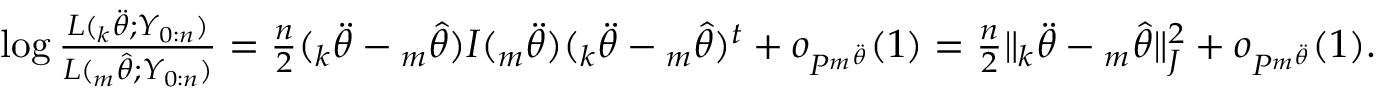
\begin{array} { r } { \log \frac { L ( { _ k \ddot { \theta } } ; Y _ { 0 : n } ) } { L ( { _ m \hat { \theta } } ; Y _ { 0 : n } ) } = \frac { n } { 2 } ( { _ k \ddot { \theta } } - { _ m \hat { \theta } } ) I ( { _ m \ddot { \theta } } ) ( { _ k \ddot { \theta } } - { _ m \hat { \theta } } ) ^ { t } + o _ { P ^ { _ m \ddot { \theta } } } ( 1 ) = \frac { n } { 2 } \| { _ k \ddot { \theta } } - { _ m \hat { \theta } } \| _ { J } ^ { 2 } + o _ { P ^ { _ m \ddot { \theta } } } ( 1 ) . } \end{array}